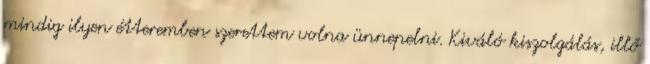
mindig ilyen étteremben szerettem volna ünnepelni. Kiváló kiszolgálás, illő